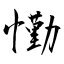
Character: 懄